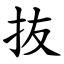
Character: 抜